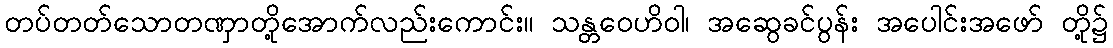
တပ်တတ်သောတဏှာတို့အောက်လည်းကောင်း။ သန္တဝေဟိဝါ၊ အဆွေခင်ပွန်း အပေါင်းအဖော် တို့၌